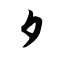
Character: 夕